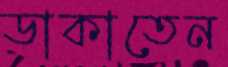
ডাকাতেন